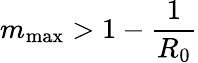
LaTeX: m_{\mathrm{max}}>1-\frac{1}{R_{0}}